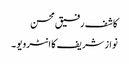
کاشف رفیق محسن
نواز شریف کا انٹرویو ۔